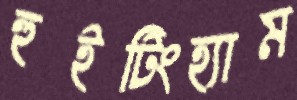
হুইটিংহ্যাম